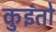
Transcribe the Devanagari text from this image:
कुइंतो